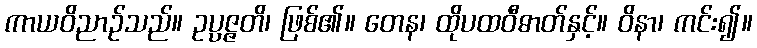
ကာယဝိညာဉ်သည်။ ဥပ္ပဇ္ဇတိ၊ ဖြစ်၏။ တေန၊ ထိုပထဝီဓာတ်နှင့်။ ဝိနာ၊ ကင်း၍။